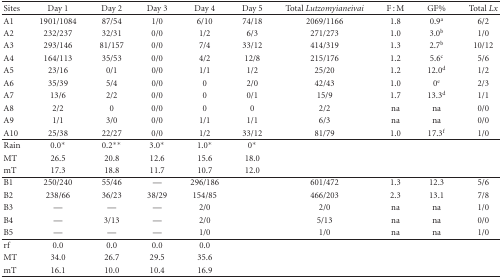
<table><thead><tr><td><b>Sites</b></td><td><b>Day 1</b></td><td><b>Day 2</b></td><td><b>Day 3</b></td><td><b>Day 4</b></td><td><b>Day 5</b></td><td><b>Total <i>Lutzomyianeivai </i></b></td><td><b>F : M</b></td><td><b>GF%</b></td><td><b>Total <i>Lx </i></b></td></tr></thead><tbody><tr><td>A1</td><td>1901/1084</td><td>87/54</td><td>1/0</td><td>6/10</td><td>74/18</td><td>2069/1166</td><td>1.8</td><td>0.9<sup>a</sup></td><td>6/2</td></tr><tr><td>A2</td><td>232/237</td><td>32/31</td><td>0/0</td><td>1/2</td><td>6/3</td><td>271/273</td><td>1.0</td><td>3.0<sup>b</sup></td><td>1/0</td></tr><tr><td>A3</td><td>293/146</td><td>81/157</td><td>0/0</td><td>7/4</td><td>33/12</td><td>414/319</td><td>1.3</td><td>2.7<sup>b</sup></td><td>10/12</td></tr><tr><td>A4</td><td>164/113</td><td>35/53</td><td>0/0</td><td>4/2</td><td>12/8</td><td>215/176</td><td>1.2</td><td>5.6<sup>c</sup></td><td>5/6</td></tr><tr><td>A5</td><td>23/16</td><td>0/1</td><td>0/0</td><td>1/1</td><td>1/2</td><td>25/20</td><td>1.2</td><td>12.0<sup>d</sup></td><td>1/2</td></tr><tr><td>A6</td><td>35/39</td><td>5/4</td><td>0/0</td><td>0</td><td>2/0</td><td>42/43</td><td>1.0</td><td>0<sup>e</sup></td><td>2/3</td></tr><tr><td>A7</td><td>13/6</td><td>2/2</td><td>0/0</td><td>0</td><td>0/1</td><td>15/9</td><td>1.7</td><td>13.3<sup>d</sup></td><td>1/1</td></tr><tr><td>A8</td><td>2/2</td><td>0</td><td>0/0</td><td>0</td><td>0</td><td>2/2</td><td>na</td><td>na</td><td>0/0</td></tr><tr><td>A9</td><td>1/1</td><td>3/0</td><td>0/0</td><td>1/1</td><td>1/1</td><td>6/3</td><td>na</td><td>na</td><td>0/0</td></tr><tr><td>A10</td><td>25/38</td><td>22/27</td><td>0/0</td><td>1/2</td><td>33/12</td><td>81/79</td><td>1.0</td><td>17.3<sup>f</sup></td><td>1/0</td></tr><tr><td>Rain</td><td>0.0*</td><td>0.2**</td><td>3.0*</td><td>1.0*</td><td>0*</td><td></td><td></td><td></td><td></td></tr><tr><td>MT</td><td>26.5</td><td>20.8</td><td>12.6</td><td>15.6</td><td>18.0</td><td></td><td></td><td></td><td></td></tr><tr><td>mT</td><td>17.3</td><td>18.8</td><td>11.7</td><td>10.7</td><td>12.0</td><td></td><td></td><td></td><td></td></tr><tr><td>B1</td><td>250/240</td><td>55/46</td><td>—</td><td>296/186</td><td></td><td>601/472</td><td>1.3</td><td>12.3</td><td>5/6</td></tr><tr><td>B2</td><td>238/66</td><td>36/23</td><td>38/29</td><td>154/85</td><td></td><td>466/203</td><td>2.3</td><td>13.1</td><td>7/8</td></tr><tr><td>B3</td><td>—</td><td>—</td><td>—</td><td>2/0</td><td></td><td>2/0</td><td>na</td><td>na</td><td>1/0</td></tr><tr><td>B4</td><td>—</td><td>3/13</td><td>—</td><td>2/0</td><td></td><td>5/13</td><td>na</td><td>na</td><td>0/0</td></tr><tr><td>B5</td><td>—</td><td>—</td><td>—</td><td>1/0</td><td></td><td>1/0</td><td>na</td><td>na</td><td>1/0</td></tr><tr><td>rf</td><td>0.0</td><td>0.0</td><td>0.0</td><td>0.0</td><td></td><td></td><td></td><td></td><td></td></tr><tr><td>MT</td><td>34.0</td><td>26.7</td><td>29.5</td><td>35.6</td><td></td><td></td><td></td><td></td><td></td></tr><tr><td>mT</td><td>16.1</td><td>10.0</td><td>10.4</td><td>16.9</td><td></td><td></td><td></td><td></td><td></td></tr></tbody></table>